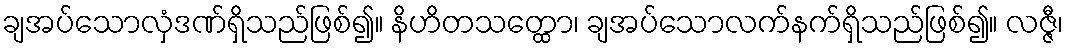
ချအပ်သောလှံဒဏ်ရှိသည်ဖြစ်၍။ နိဟိတသတ္ထော၊ ချအပ်သောလက်နက်ရှိသည်ဖြစ်၍။ လဇ္ဇီ၊